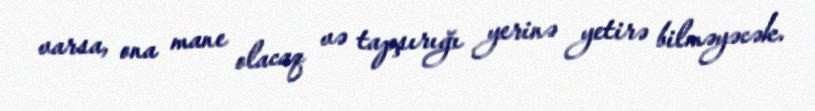
varsa, ona mane olacaq və tapşırığı yerinə yetirə bilməyəcək.